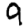
Digit: 9